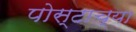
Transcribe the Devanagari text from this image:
पोस्टाच्या